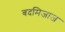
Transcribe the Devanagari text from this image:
बदमिजाज